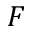
F